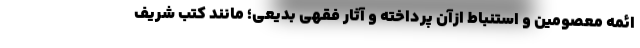
ائمه معصومین و استنباط ازآن پرداخته و آثار فقهی بدیعی؛ مانند کتب شریف